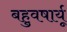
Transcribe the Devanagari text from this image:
बहुवषार्यू